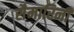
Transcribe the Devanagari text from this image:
सैमारिनी